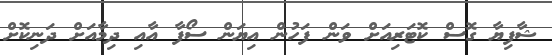
ޝާފިޔާ ގޮސް ކޮޓަރިއަށް ވަން ފަހުން އިޔަން ސޯފާ އާއި ދިމާއަށް ދަނިކޮށް